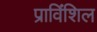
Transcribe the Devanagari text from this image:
प्राविंशिल